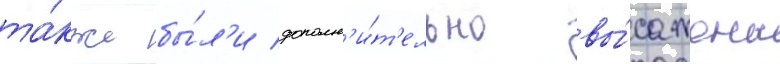
та́кже бы́л'и дополн'и́т'ельно вы́сажены